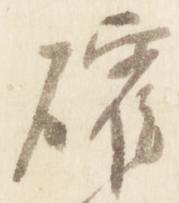
確